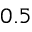
0 . 5